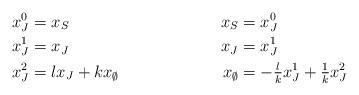
LaTeX: \begin{align*} x_J^0 &= x_S & x_S &= x_J^0\\ x_J^1 &= x_J & x_J&= x_J^1 \\ x_J^2 &= lx_J + k x_{\emptyset} & x_{\emptyset} &= -\tfrac{l}k x_J^1 + \tfrac1k x_J^2\end{align*}